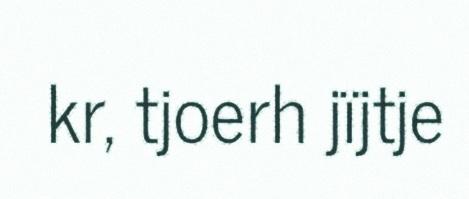
kr, tjoerh jïjtje